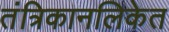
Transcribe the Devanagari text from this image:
तंत्रिकानलिकेत